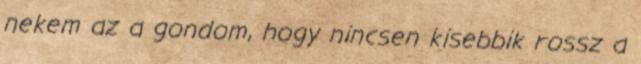
nekem az a gondom, hogy nincsen kisebbik rossz a